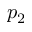
p _ { 2 }